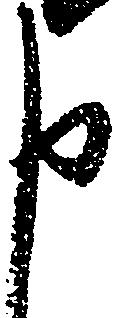
申